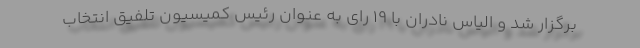
برگزار شد و الیاس نادران با ۱۹ رای به عنوان رئیس کمیسیون تلفیق انتخاب